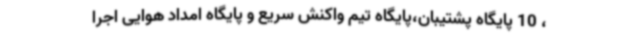
، 10 پایگاه پشتیبان،پایگاه تیم واکنش سریع و پایگاه امداد هوایی اجرا